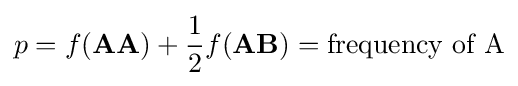
p=f(\mathbf {AA} )+{\frac {1}{2}}f(\mathbf {AB} )={\mbox{frequency of A}}